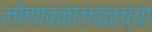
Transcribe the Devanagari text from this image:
लोणावळाजवळच्या